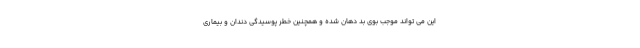
این می تواند موجب بوی بد دهان شده و همچنین خطر پوسیدگی دندان و بیماری